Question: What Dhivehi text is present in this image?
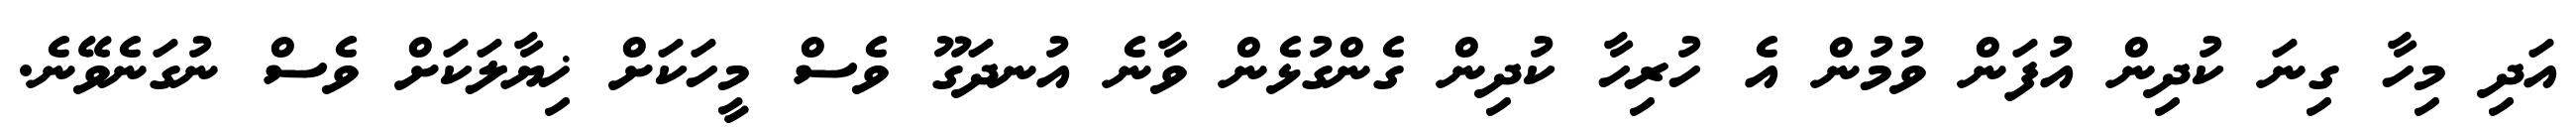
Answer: އަދި މިހާ ގިނަ ކުދިން އުފަން ވުމުން އެ ހުރިހާ ކުދިން ގެންގުޅެން ވާނެ އުނދަގޫ ވެސް މީހަކަށް ޚިޔާލަކަށް ވެސް ނުގަނެވޭނެ.